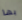
بها